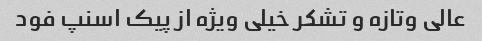
عالی وتازه و تشکر خیلی ویژه از پیک اسنپ فود